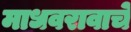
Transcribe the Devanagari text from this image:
माधवरावाचे